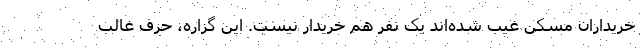
خریداران مسکن غیب شده‌اند یک‌ نفر هم خریدار نیست. این گزاره، حرف غالب